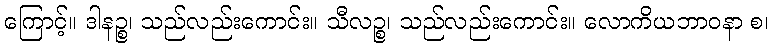
ကြောင့်။ ဒါနဉ္စ၊ သည်လည်းကောင်း။ သီလဉ္စ၊ သည်လည်းကောင်း။ လောကိယဘာဝနာ စ၊